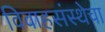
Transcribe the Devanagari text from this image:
विवाहसंस्थेचा